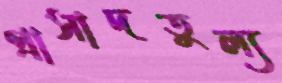
প্রাসাদতুল্য